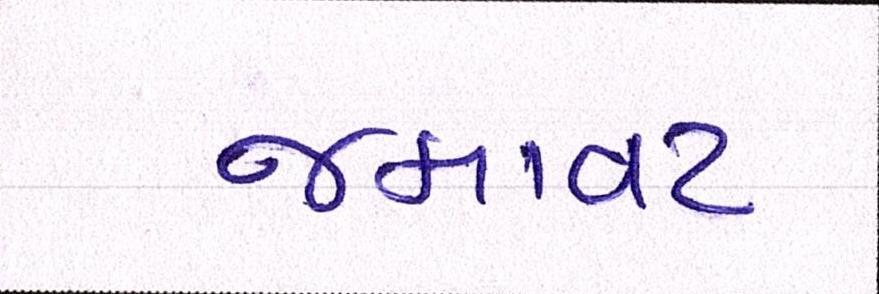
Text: જમાવટ